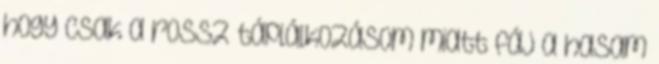
hogy csak a rossz táplálkozásom miatt fáj a hasam